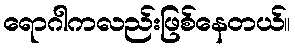
ရောဂါကလည်းဖြစ်နေတယ်။